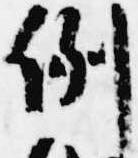
例